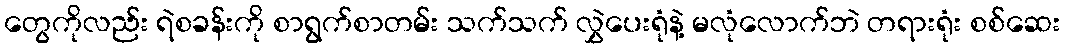
တွေကိုလည်း ရဲစခန်းကို စာရွက်စာတမ်း သက်သက် လွှဲပေးရုံနဲ့ မလုံလောက်ဘဲ တရားရုံး စစ်ဆေး